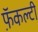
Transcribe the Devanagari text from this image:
फ़ॅकल्टी